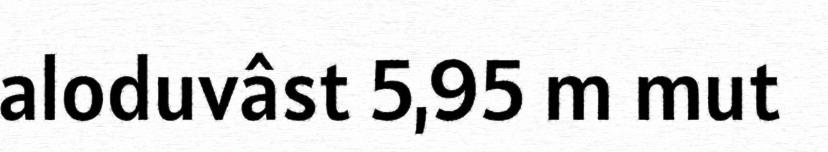
aloduvâst 5,95 m mut